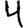
Digit: 4